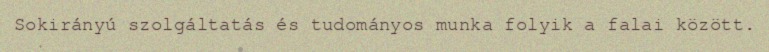
Sokirányú szolgáltatás és tudományos munka folyik a falai között.